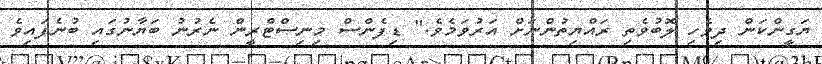
ޔަގީންކަން ދިވެހި ލޮބުވެތި ރައްޔިތުންނަށް އަރުވަމެވެ." ޑިފެންސް މިނިސްޓްރީން ނެރުނު ބަޔާނުގައި ބުނެފައިވެ